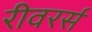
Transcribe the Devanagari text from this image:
रीवरर्स